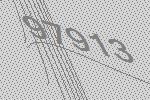
97913